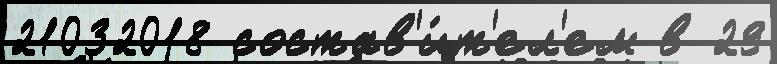
21032018 состав'и́т'ел'ем в 29